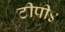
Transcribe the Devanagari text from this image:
टीपी४